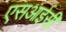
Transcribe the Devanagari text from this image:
एसआईसी